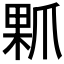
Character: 𤔖